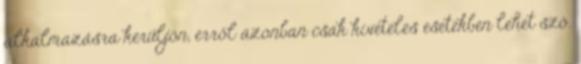
alkalmazásra kerüljön, erről azonban csak kivételes esetekben lehet szó.